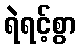
ရဲရင့်စွာ